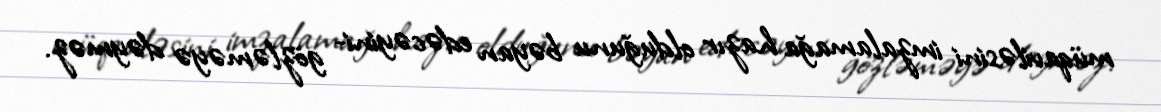
müqaviləsini imzalamağa hazır olduğunu bəyan edəcəyini- gözləməyə dəyməz.